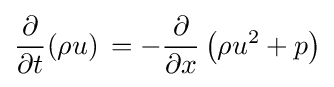
{\frac {\partial }{\partial t}}(\rho u)\,=-{\frac {\partial }{\partial x}}\left(\rho u^{2}+p\right)